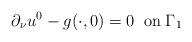
LaTeX: \begin{align*}\partial _\nu u^0-g(\cdot ,0)=0\;\; \rm{on}\; \Gamma _1\end{align*}